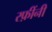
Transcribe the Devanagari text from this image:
रफ़ींनी